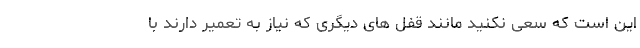
این است که سعی نکنید مانند قفل­ های دیگری که نیاز به تعمیر دارند با